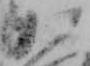
か